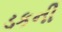
ડકની